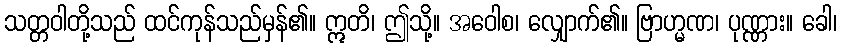
သတ္တဝါတို့သည် ထင်ကုန်သည်မှန်၏။ ဣတိ၊ ဤသို့။ အဝေါစ၊ လျှောက်၏။ ဗြာဟ္မဏ၊ ပုဏ္ဏား။ ခေါ၊